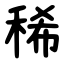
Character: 稀